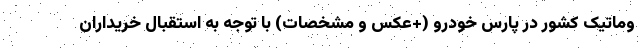
وماتیک کشور در پارس خودرو (+عکس و مشخصات) با توجه به استقبال خریداران